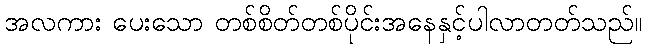
အလကား ပေးသော တစ်စိတ်တစ်ပိုင်းအနေနှင့်ပါလာတတ်သည်။